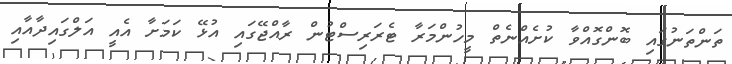
ތަންތަނުގައި ބޮންގޮއްވާ ކުށެއްނެތް މީހުންމަރާ ޓެރަރިސްޓުން ރާއްޖޭގައި އުޅޭ ކަމަށާ އެއީ އަލްގައިދާއާއި